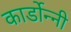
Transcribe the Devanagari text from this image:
कार्डोन्‍नी